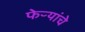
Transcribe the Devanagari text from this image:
फेऱ्यांचे